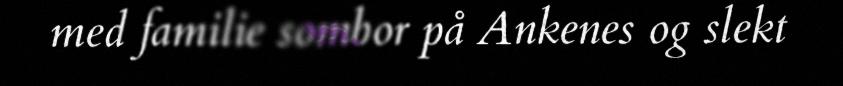
med familie sombor på Ankenes og slekt